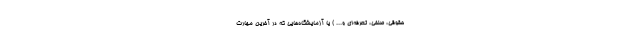
حقوقی، صنفی، تعرفه‌ای و... ) یا آزمایشگاه‌هایی که در آخرین مهارت